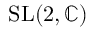
\operatorname { S L } ( 2 , \mathbb { C } )